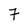
Character: 7